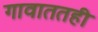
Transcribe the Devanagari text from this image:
गावाततही